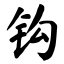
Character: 钩